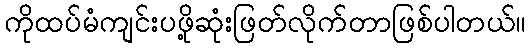
ကိုထပ်မံကျင်းပဖို့ဆုံးဖြတ်လိုက်တာဖြစ်ပါတယ်။